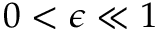
0 < \epsilon \ll 1